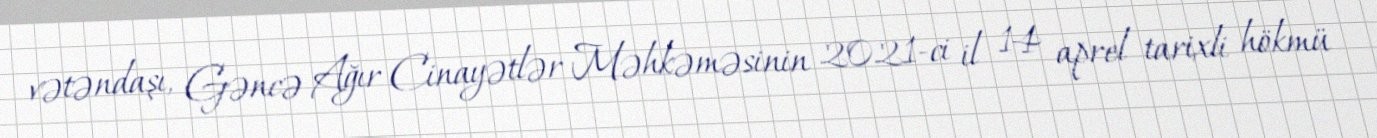
vətəndaşı, Gəncə Ağır Cinayətlər Məhkəməsinin 2021-ci il 14 aprel tarixli hökmü